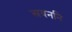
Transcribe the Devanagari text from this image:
स्रवननि